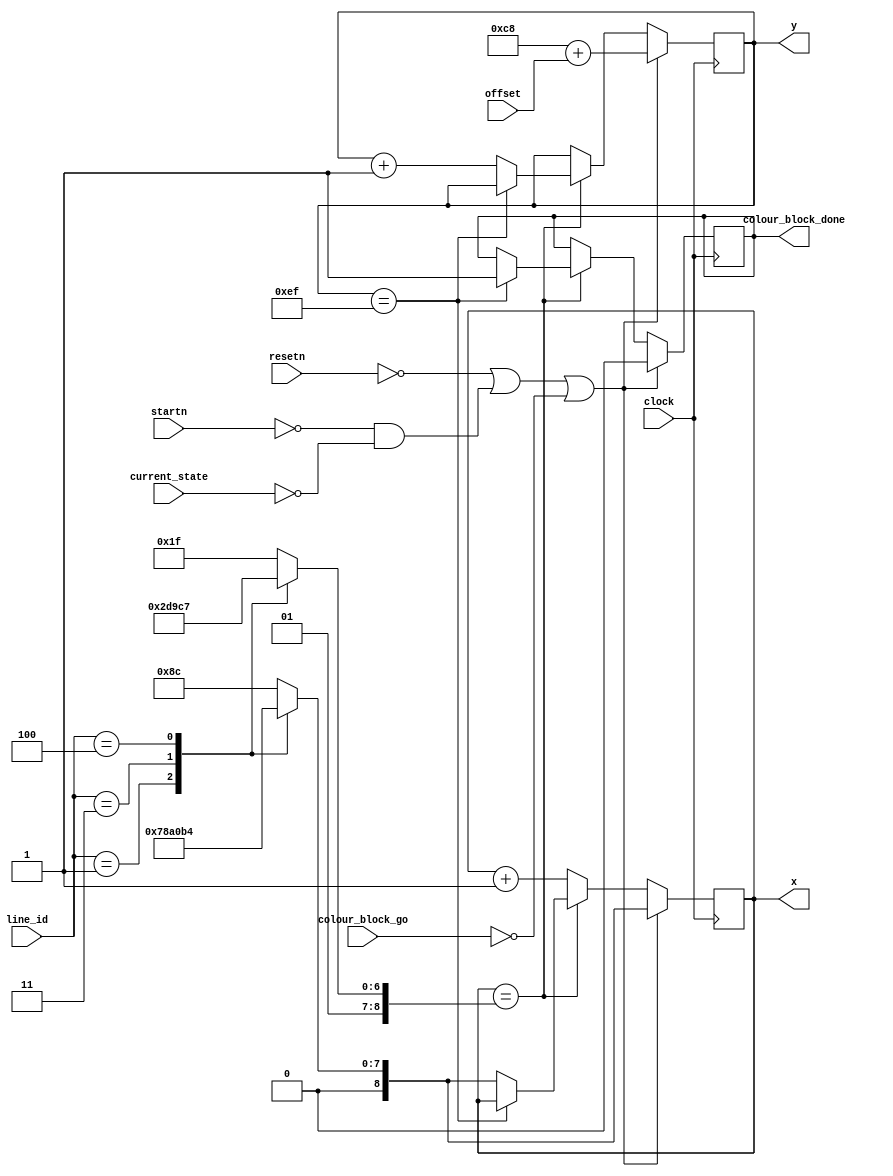
module colourBlock(
	input clock,
		colour_block_go,
		resetn,
		startn,
	input [2:0] line_id,
	input [5:0] offset,
	input [5:0] current_state,
	output reg colour_block_done,
	output reg [8:0] x,
	output reg [7:0] y
	);
	
	reg [8:0] start_x, end_x;
	reg [7:0] start_y;
	
	always @(*) 
	begin
		start_y = 200 + offset;
		case (line_id)
			3'b001: begin
				start_x = 120;
				end_x = 139;
			end
			3'b010: begin
				start_x = 140;
				end_x = 159;
			end
			3'b011: begin
				start_x = 160;
				end_x = 179;
			end
			3'b100: begin
				start_x = 180;
				end_x = 199;
			end
			default: begin
				start_x = 140;
				end_x = 159;
			end
		endcase
	end
					
	always @(posedge clock)
	begin
		if (!resetn | (!startn & current_state == 5'd0) | !colour_block_go) begin
			colour_block_done <= 1'b0;
			y <= start_y;
			x <= start_x;
		end
		else begin
			if (x == end_x) begin
				if (y == 239)
					colour_block_done <= 1'b1;
				else begin
					x <= start_x;
					y <= y + 1'b1;	
				end
			end
			else begin
				x <= x + 1'b1;
			end
		end
	end
	
endmodule

module colourLine(
	input clock,
		colour_line_go,
	input [2:0] line_6,
	output reg colour_line_done,
	output reg [8:0] x,
	output reg [7:0] y
	);
	
	reg [8:0] start_x, end_x;
	
	always @(*) 
	begin
		case (line_6)
			3'b001: begin
				start_x = 120;
				end_x = 139;
			end
			3'b010: begin
				start_x = 140;
				end_x = 159;
			end
			3'b011: begin
				start_x = 160;
				end_x = 179;
			end
			3'b100: begin
				start_x = 180;
				end_x = 199;
			end
			default: begin
				start_x = 140;
				end_x = 159;
			end
		endcase
	end
		
	always @(posedge clock)
	begin
		if (!colour_line_go) begin
			colour_line_done <= 1'b0;
			x <= start_x;
			y <= 0;
		end
		else begin
			if (x == end_x) begin
				if (y == 239)
					colour_line_done <= 1'b1;
				else begin
					x <= start_x;
					y <= y + 1'b1;	
				end
			end
			else
				x <= x + 1'b1;
		end		
	end
	
endmodule